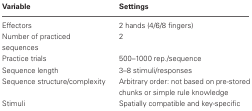
| Variable | Settings |
 | --- | --- |
 | Effectors | 2 hands (4/6/8 fingers) |
 | Number of practiced sequences | 2 |
 | Practice trials | 500–1000 rep./sequence |
 | Sequence length | 3–8 stimuli/responses |
 | Sequence structure/complexity | Arbitrary order: not based on pre-stored chunks or simple rule knowledge |
 | Stimuli | Spatially compatible and key-specific |